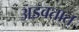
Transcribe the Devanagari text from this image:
अडवतात